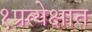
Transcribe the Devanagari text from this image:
१प्रत्येक्षात